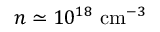
n \simeq 1 0 ^ { 1 8 } ~ \mathrm { c m } ^ { - 3 }